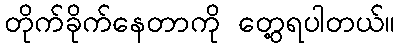
တိုက်ခိုက်နေတာကို တွေ့ရပါတယ်။